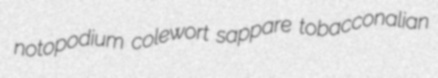
notopodium colewort sappare tobacconalian